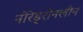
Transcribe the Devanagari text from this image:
नोरेड्रीनलीन